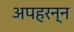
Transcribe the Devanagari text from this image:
अपहरन्न